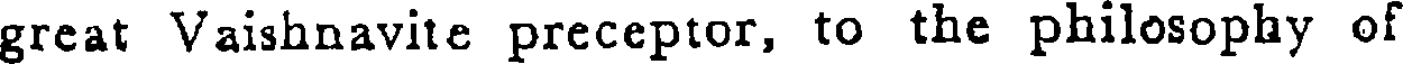
great Vaishnavite preceptor, to the philosophy of